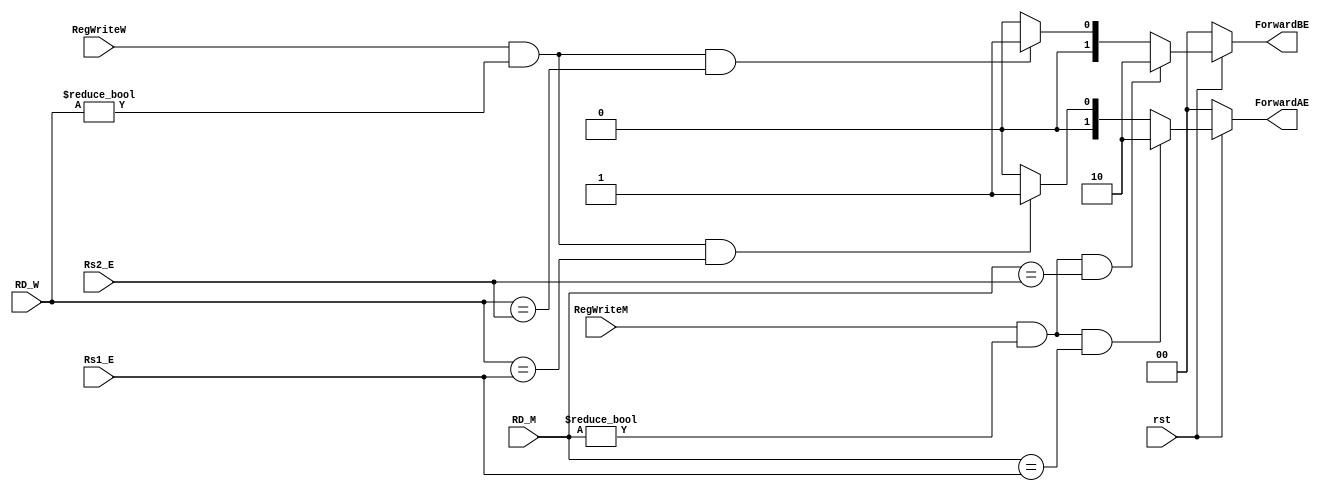
module hazard_unit(rst, RegWriteM, RegWriteW, RD_M, RD_W, Rs1_E, Rs2_E, ForwardAE, ForwardBE);

    // Declaration of I/Os
    input rst, RegWriteM, RegWriteW;
    input [4:0] RD_M, RD_W, Rs1_E, Rs2_E;
    output [1:0] ForwardAE, ForwardBE;
    
    assign ForwardAE = (rst == 1'b0) ? 2'b00 : 
                       ((RegWriteM == 1'b1) & (RD_M != 5'h00) & (RD_M == Rs1_E)) ? 2'b10 :
                       ((RegWriteW == 1'b1) & (RD_W != 5'h00) & (RD_W == Rs1_E)) ? 2'b01 : 2'b00;
                       
    assign ForwardBE = (rst == 1'b0) ? 2'b00 : 
                       ((RegWriteM == 1'b1) & (RD_M != 5'h00) & (RD_M == Rs2_E)) ? 2'b10 :
                       ((RegWriteW == 1'b1) & (RD_W != 5'h00) & (RD_W == Rs2_E)) ? 2'b01 : 2'b00;

endmodule